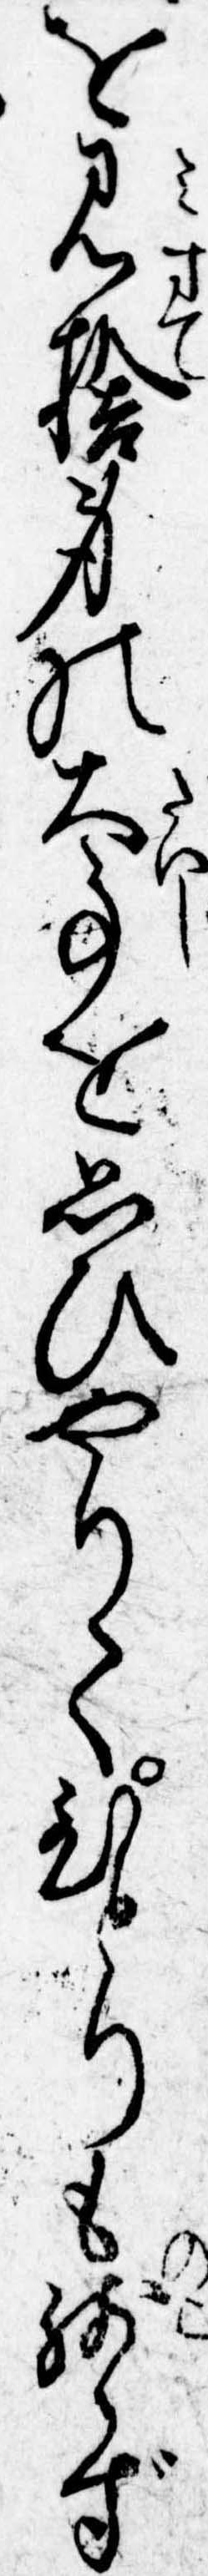
を見捨身の大事を思ひやりてひとりも残らず